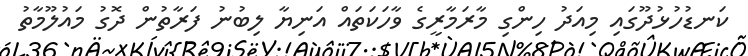
ކަނޑުހުޅުދޫގައި މިއަދު ހިންގި މާރަމާރީގެ ވާހަކަތައް އަނިޔާ ލިބުނު ފަރާތުން ދޮގު މައުލޫމާތު